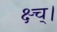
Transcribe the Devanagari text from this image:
क्ष्च्।